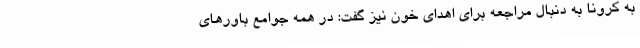
به کرونا به دنبال مراجعه برای اهدای خون نیز گفت: در همه جوامع باورهای